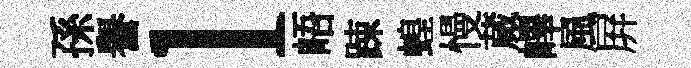
孫譽l峿踈蝗慢蕆嶧風屛